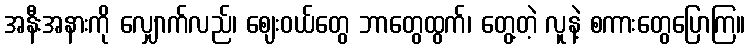
အနီးအနားကို လျှောက်လည်၊ ဈေးဝယ်တွေ ဘာတွေထွက်၊ တွေ့တဲ့ လူနဲ့ စကားတွေပြောကြ။